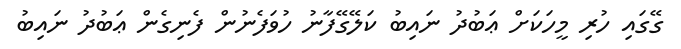
ގޭގައި ހުރި މީހަކަށް ޢަބުދު ނައިބު ކަލޭގޭފާނު ހުވަފެނުން ފެނިގެން ޢަބުދު ނައިބު